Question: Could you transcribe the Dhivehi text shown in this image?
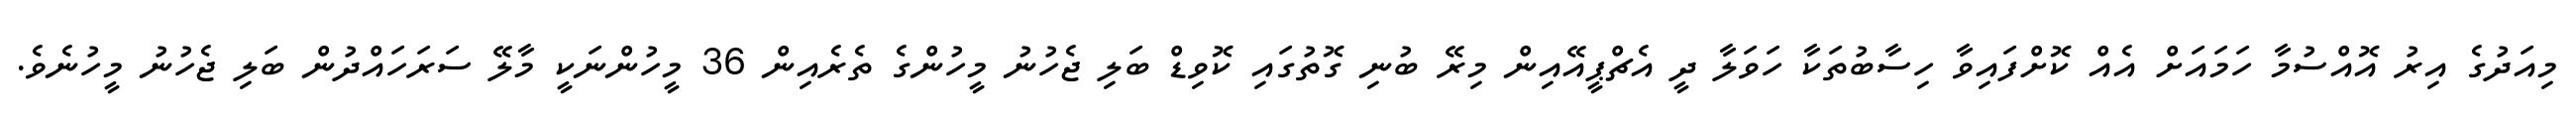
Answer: މިއަދުގެ އިރު އޮއްސުމާ ހަމައަށް އެއް ކޮށްފައިވާ ހިސާބުތަކާ ހަވަލާ ދީ އެޗްޕީއޭއިން މިރޭ ބުނި ގޮތުގައި ކޮވިޑް ބަލި ޖެހުނު މީހުންގެ ތެރެއިން 36 މީހުންނަކީ މާލޭ ސަރަހައްދުން ބަލި ޖެހުނު މީހުނެވެ.